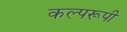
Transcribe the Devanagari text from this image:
कल्परूपी